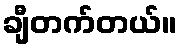
ချီတက်တယ်။